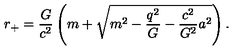
r _ { + } = \frac { G } { c ^ { 2 } } \left( m + \sqrt { m ^ { 2 } - \frac { q ^ { 2 } } { G } - \frac { c ^ { 2 } } { G ^ { 2 } } a ^ { 2 } } \right) .